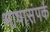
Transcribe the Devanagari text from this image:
भाषासंपर्क